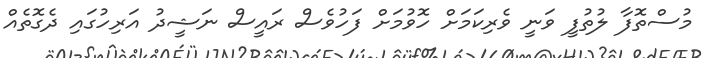
މުސްތޮފާ ލުތުފީ ވަނީ ވެރިކަމަށް ހޮވުމަށް ފަހުވެސް ރައީސް ނަޝީދު އަރިހުގައި ދެގޮތެއް